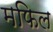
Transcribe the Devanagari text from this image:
मफिल